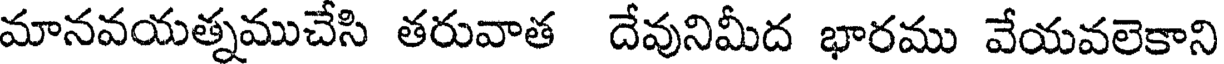
మానవయత్నముచేసి తరువాత దేవునిమీద భారము వేయవలెకాని